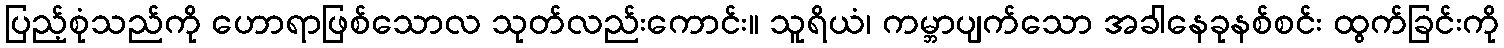
ပြည့်စုံသည်ကို ဟောရာဖြစ်သောလ သုတ်လည်းကောင်း။ သူရိယံ၊ ကမ္ဘာပျက်သော အခါနေခုနစ်စင်း ထွက်ခြင်းကို